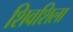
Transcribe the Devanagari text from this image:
शिवशिला